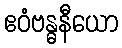
ဧဝံဗန္ဓနီယော